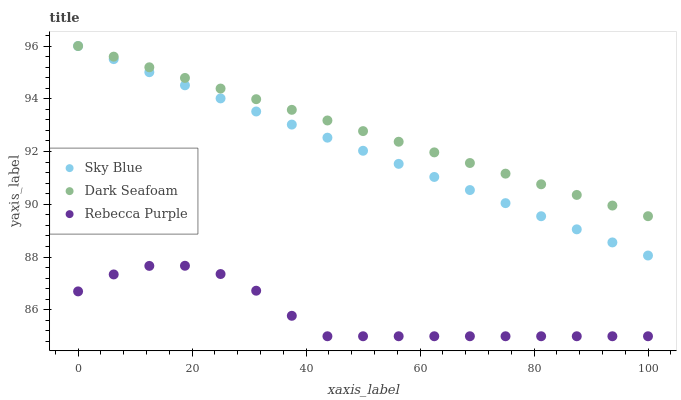
| xaxis_label | Sky Blue | Dark Seafoam | Rebecca Purple |
 | --- | --- | --- | --- |
 | 0 | 96 | 96 | 86.7 |
 | 6.25 | 95.5 | 95.6 | 87.3 |
 | 12.5 | 95 | 95.2 | 87.7 |
 | 18.8 | 94.5 | 94.8 | 87.7 |
 | 25 | 94 | 94.4 | 87.4 |
 | 31.2 | 93.5 | 94 | 86.7 |
 | 37.5 | 93 | 93.6 | 85.8 |
 | 43.8 | 92.5 | 93.2 | 85 |
 | 50 | 92 | 92.8 | 85 |
 | 56.2 | 91.5 | 92.4 | 85 |
 | 62.5 | 91 | 92 | 85 |
 | 68.8 | 90.5 | 91.6 | 85 |
 | 75 | 90 | 91.2 | 85 |
 | 81.2 | 89.5 | 90.8 | 85 |
 | 87.5 | 89.1 | 90.4 | 85 |
 | 93.8 | 88.6 | 90 | 85 |
 | 100 | 88.1 | 89.6 | 85 |